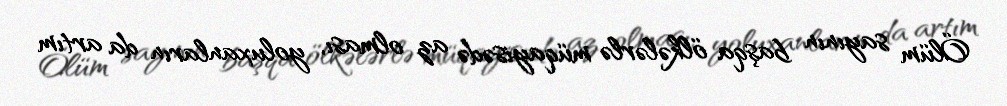
Ölüm sayının başqa ölkələrlə müqayisədə az olması, yoluxanların da artım